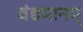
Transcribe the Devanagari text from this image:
वंद्यमानम्